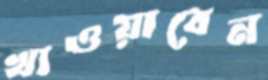
খাওয়াবেন